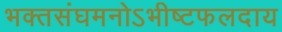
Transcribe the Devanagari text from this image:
भक्तसंघमनोऽभीष्टफलदाय